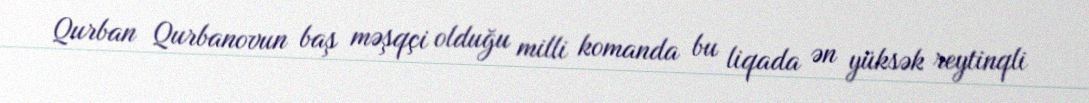
Qurban Qurbanovun baş məşqçi olduğu milli komanda bu liqada ən yüksək reytinqli